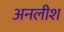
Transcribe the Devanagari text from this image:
अनलीश